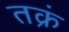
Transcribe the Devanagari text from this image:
तक्रं